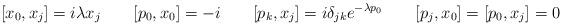
LaTeX: \begin{align*}[x_{0},x_{j}]=i\lambda x_{j}\qquad [p_{0},x_{0}]=-i \qquad[p_{k},x_{j}]=i\delta _{jk}e^{-\lambda p_{0}}\qquad[p_{j},x_{0}]=[p_{0},x_{j}]=0 \end{align*}